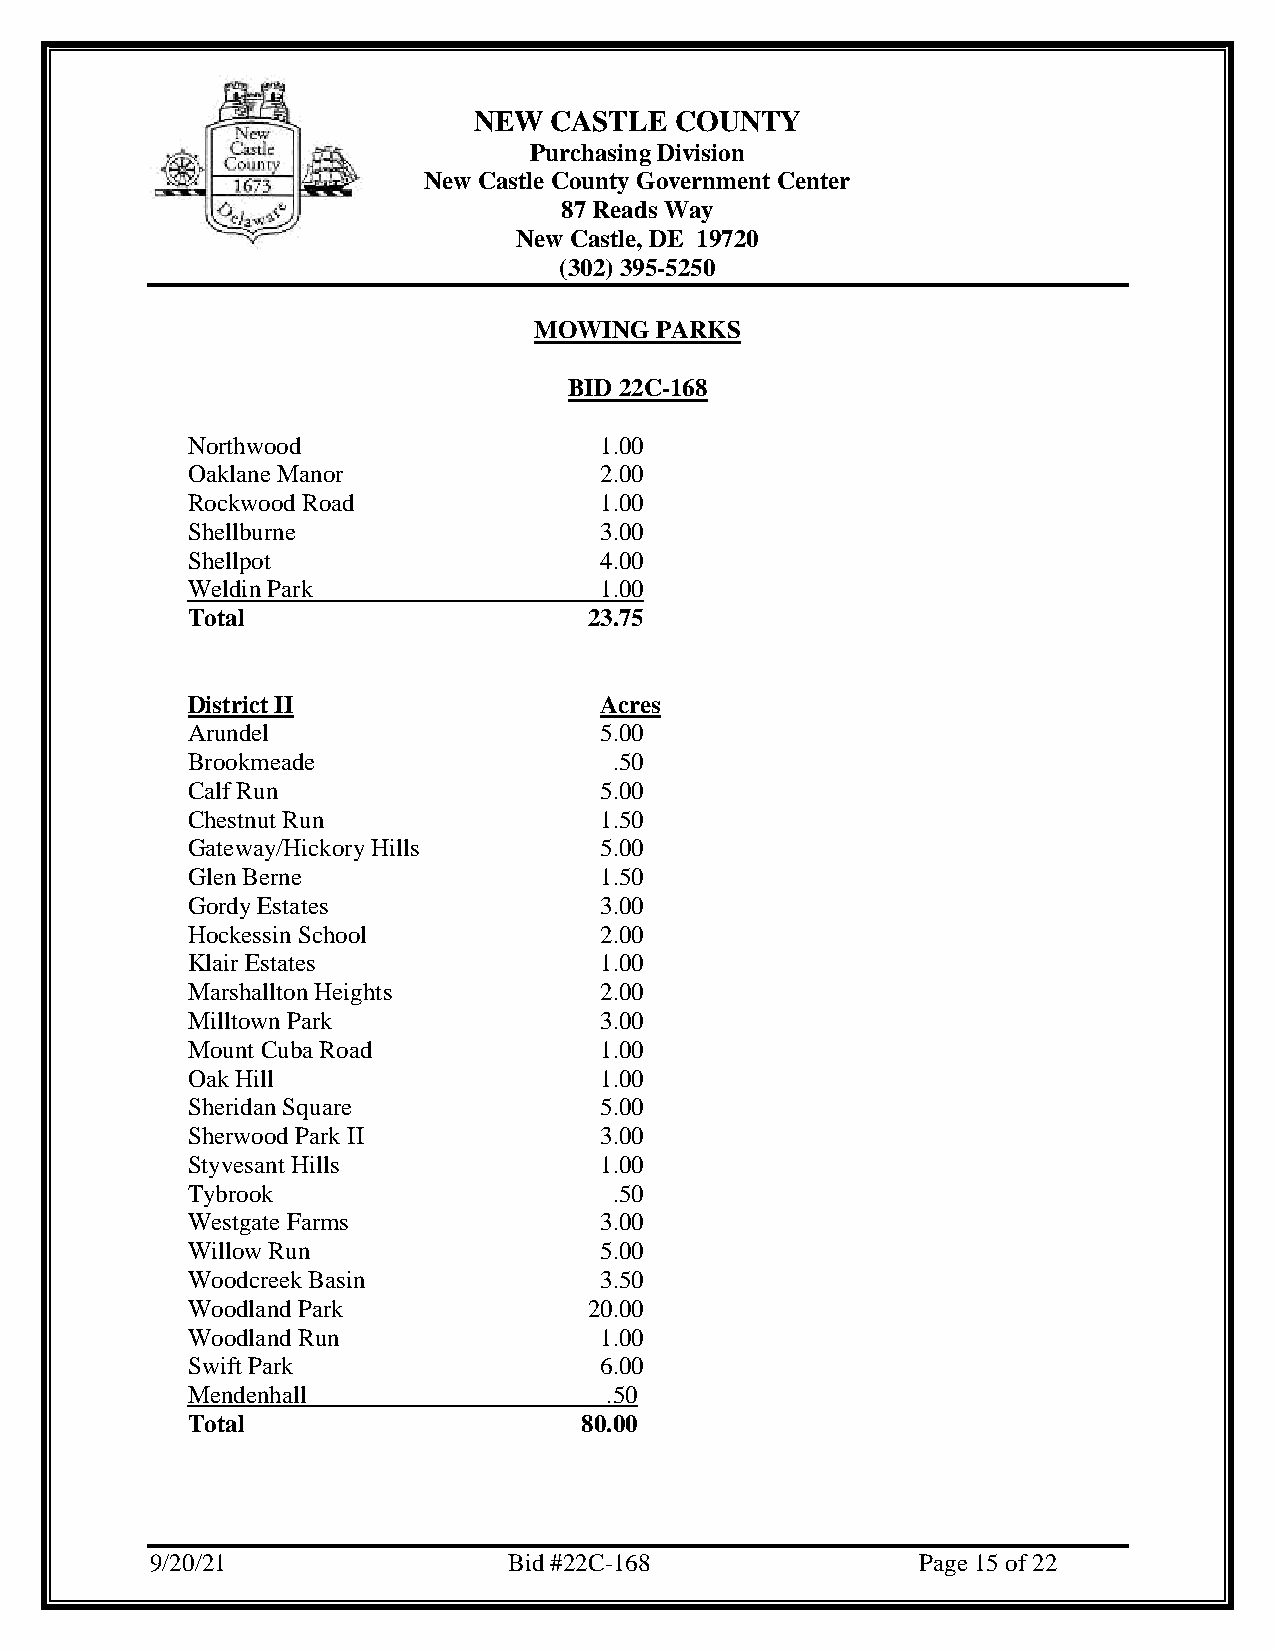
NEW  CASTLE   COUNTY
 Purchasing Division
 New Castle County Government Center
 87 Reads Way
 New Castle, DE 19720
 (302) 395-5250
 MOWING  PARKS
 BID 22C-168
 Northwood                   1.00
 Oaklane Manor               2.00
 Rockwood Road               1.00
 Shellburne                  3.00
 Shellpot                    4.00
 Weldin Park                 1.00
 Total                      23.75
 District II                 Acres
 Arundel                     5.00
 Brookmeade                   .50
 Calf Run                    5.00
 Chestnut Run                1.50
 Gateway/Hickory Hills       5.00
 Glen Berne                  1.50
 Gordy Estates               3.00
 Hockessin School            2.00
 Klair Estates               1.00
 Marshallton Heights         2.00
 Milltown Park               3.00
 Mount Cuba Road             1.00
 Oak Hill                    1.00
 Sheridan Square             5.00
 Sherwood Park II            3.00
 Styvesant Hills             1.00
 Tybrook                      .50
 Westgate Farms              3.00
 Willow Run                  5.00
 Woodcreek Basin             3.50
 Woodland Park              20.00
 Woodland Run                1.00
 Swift Park                  6.00
 Mendenhall                  .50
 Total                     80.00
 9/20/21                 Bid #22C-168               Page 15 of 22